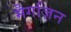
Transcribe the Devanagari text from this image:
मैगज़िन